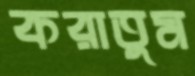
করাতুম